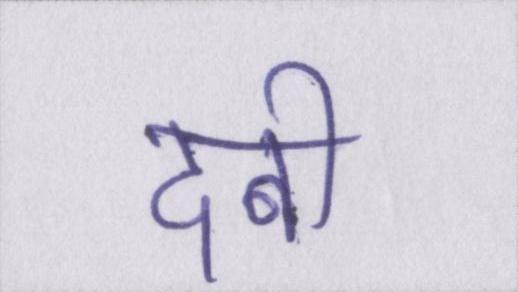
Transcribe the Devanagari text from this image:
दबी